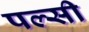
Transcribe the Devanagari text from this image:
पल्सी